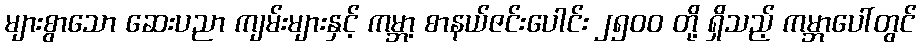
များစွာသော ဆေးပညာ ကျမ်းများနှင့် ကမ္ဘာ့ စာနယ်ဇင်းပေါင်း ၂၅၀၀ တို့ ရှိသည့် ကမ္ဘာပေါ်တွင်